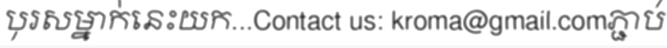
បុរសម្នាក់នេះយក...Contact us: kroma@gmail.comភ្ជាប់